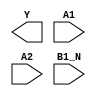
module sky130_fd_sc_hdll__o21bai (
    Y   ,
    A1  ,
    A2  ,
    B1_N
);

    output Y   ;
    input  A1  ;
    input  A2  ;
    input  B1_N;

    // Voltage supply signals
    supply1 VPWR;
    supply0 VGND;
    supply1 VPB ;
    supply0 VNB ;

endmodule